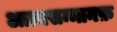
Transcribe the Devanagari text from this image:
आत्मसम्मानफ़